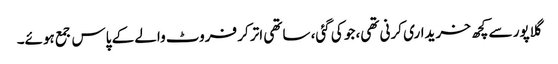
گلاپور سے کچھ خریداری کرنی تھی، جو کی گئی، ساتھی اتر کر فروٹ والے کے پاس جمع ہوئے۔